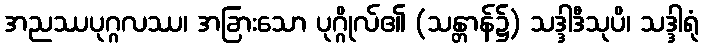
အညဿပုဂ္ဂလဿ၊ အခြားသော ပုဂ္ဂိုလ်၏ (သန္တာန်၌) သဒ္ဒါဒီသုပိ၊ သဒ္ဒါရုံ